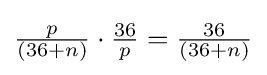
{\textstyle {\frac {p}{(36+n)}}\cdot {\frac {36}{p}}={\frac {36}{(36+n)}}}